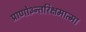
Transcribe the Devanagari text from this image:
प्राणो३न्तरिक्षमात्मा